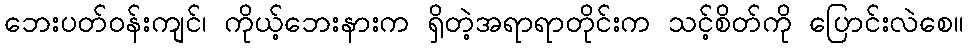
ဘေးပတ်ဝန်းကျင်၊ ကိုယ့်ဘေးနားက ရှိတဲ့အရာရာတိုင်းက သင့်စိတ်ကို ပြောင်းလဲစေ။